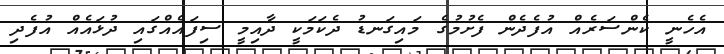
އެހެނީ ކެންސަރެއް އުފެދެން ފެށުމުގެ މައިގަނޑު ދެކަމަކީ ދާއިމީ ސިފައެއްގައި ދުޅައެއް އުފެދި